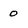
Character: 0